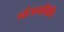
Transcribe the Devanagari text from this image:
व्यंजनविधि